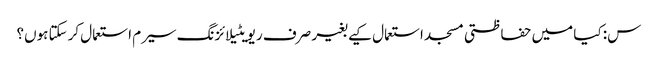
س: کیا میں حفاظتی مسجد استعمال کیے بغیر صرف ریویٹیلائزنگ سیرم استعمال کرسکتا ہوں؟